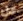
عل